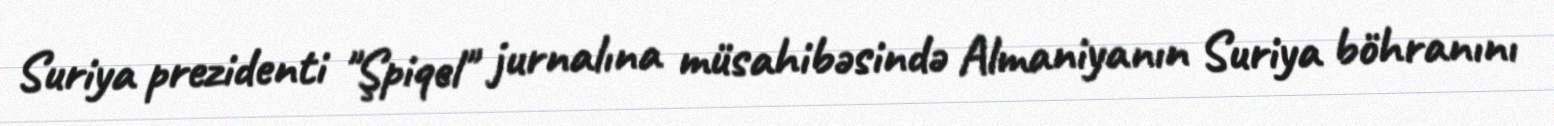
Suriya prezidenti "Şpiqel" jurnalına müsahibəsində Almaniyanın Suriya böhranını